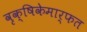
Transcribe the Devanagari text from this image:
वृक्षिकेमार्फत